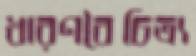
ধারণবৈচিত্র্য